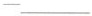
—— ___